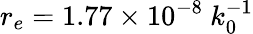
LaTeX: r_{e}=1.77\times 10^{-8}\ k_{0}^{-1}